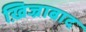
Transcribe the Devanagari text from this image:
ख़िज्राबाद